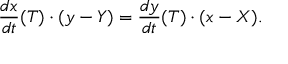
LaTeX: { \frac { d x } { d t } } ( T ) \cdot ( y - Y ) = { \frac { d y } { d t } } ( T ) \cdot ( x - X ) .